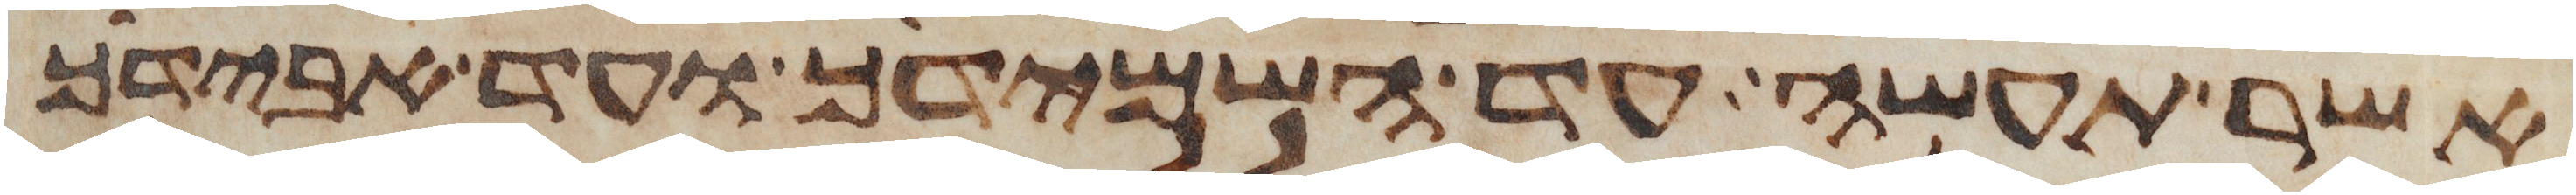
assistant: אשר תעשה עד השמידך ועד אבידך